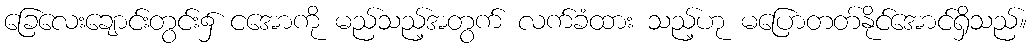
ခြေလေးချောင်းတွင်း၌ ငအောကို မည်သည့်အတွက် လက်ခံထား သည့်ဟု မပြောတတ်နိုင်အောင်ရှိသည်။